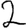
Digit: 2